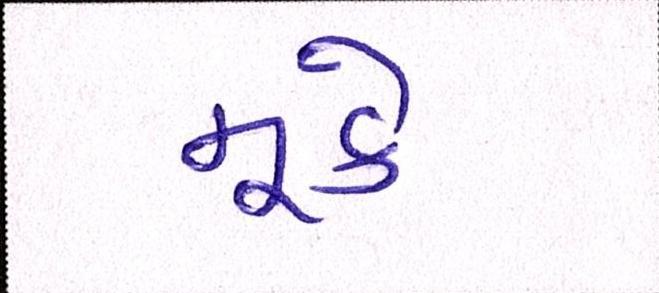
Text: મૂકે